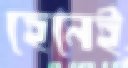
হেনেই